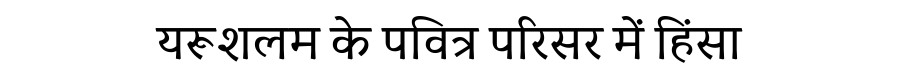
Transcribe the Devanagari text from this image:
यरूशलम के पवित्र परिसर में हिंसा